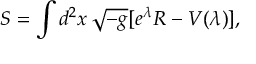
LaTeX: S = \int d ^ { 2 } x \, \sqrt { - g } [ e ^ { \lambda } R - V ( \lambda ) ] ,